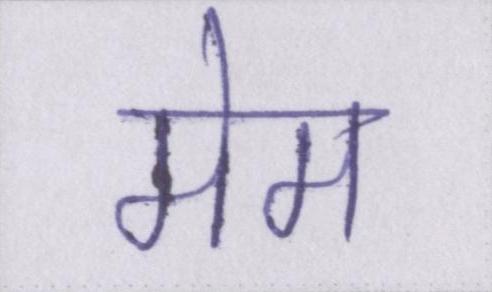
मेम